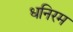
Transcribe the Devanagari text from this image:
धनिरम